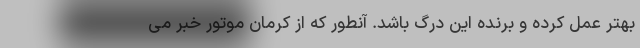
بهتر عمل کرده و برنده این درگ باشد. آنطور که از کرمان موتور خبر می